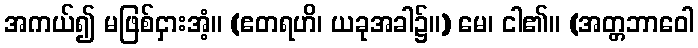
အကယ်၍ မဖြစ်ငှားအံ့။ (ဧတရဟိ၊ ယခုအခါ၌။) မေ၊ ငါ၏။ (အတ္တဘာဝေါ